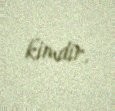
kimdir.